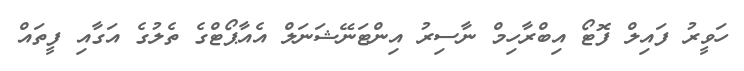
ހަވީރު ފައިލް ފޮޓޯ އިބްރާހިމް ނާސިރު އިންޓަނޭޝަނަލް އެއާޕޯޓްގެ ތެލުގެ އަގާއި ފީތައް